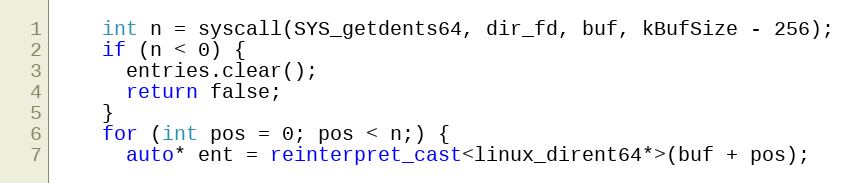
Language: C++
    int n = syscall(SYS_getdents64, dir_fd, buf, kBufSize - 256);
    if (n < 0) {
      entries.clear();
      return false;
    }
    for (int pos = 0; pos < n;) {
      auto* ent = reinterpret_cast<linux_dirent64*>(buf + pos);